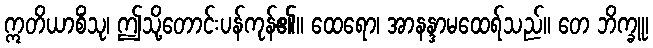
ဣတိယာစိံသု၊ ဤသို့တောင်းပန်ကုန်၏။ ထေရော၊ အာနန္ဒာမထေရ်သည်။ တေ ဘိက္ခူ၊